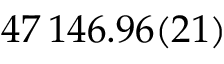
4 7 \, 1 4 6 . 9 6 ( 2 1 )